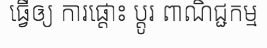
ធ្វើឲ្យ ការផ្តោះ ប្តូរ ពាណិជ្ជកម្ម